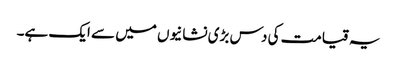
یہ قیامت کی دس بڑی نشانیوں میں سے ایک ہے۔